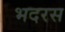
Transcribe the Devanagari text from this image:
भदरस